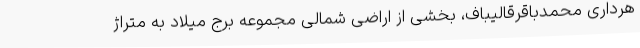
هرداری محمدباقرقالیباف، بخشی از اراضی شمالی مجموعه برج میلاد به متراژ